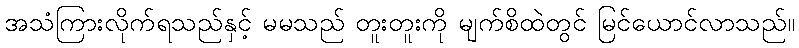
အသံကြားလိုက်ရသည်နှင့် မမသည် တူးတူးကို မျက်စိထဲတွင် မြင်ယောင်လာသည်။